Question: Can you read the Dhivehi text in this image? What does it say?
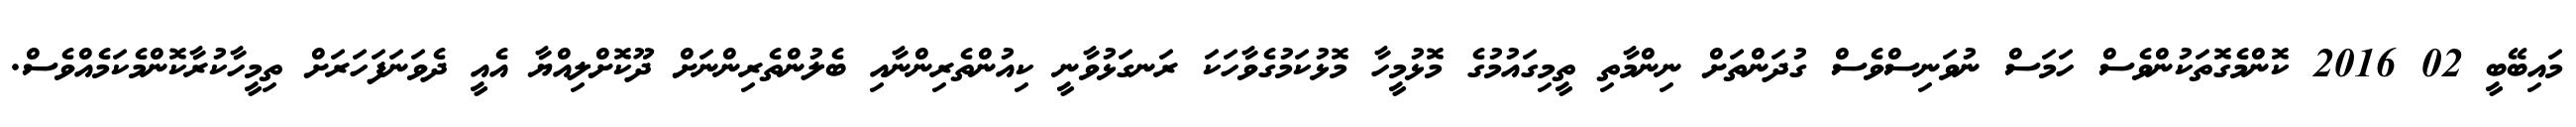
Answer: މައިބޭބީ 02 2016 ކޮންމެގޮތަކުންވެސް ހަމަސް ނުވަނިސްވެސް ގުދަންތަށް ނިންމާތި ތީމިގައުމުގެ މޮޅުމީހާ މޮޅުކަމުގެވާހަކަ ރަނގަޅުވާނީ ކިއުންތެރިންނާއި ބެލުންތެރިންނަށް ދޫކޮށްލިއްޔާ އެއީ ދެވަނަފަހަރަށް ތިމީހާކުރާކޮންމެކަމެއްވެސް.